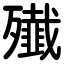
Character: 殱